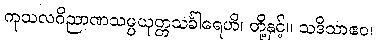
ကုသလဝိညာဏသမ္ပယုတ္တသင်္ခါရေဟိ၊ တို့နှင့်။ သဒိသာဧဝ၊